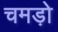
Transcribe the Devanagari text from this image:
चमड़ो